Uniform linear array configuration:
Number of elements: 12
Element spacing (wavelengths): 0.25
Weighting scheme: kaiser
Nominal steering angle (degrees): -15
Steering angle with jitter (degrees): -13.905
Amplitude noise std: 0.05
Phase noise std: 0.05

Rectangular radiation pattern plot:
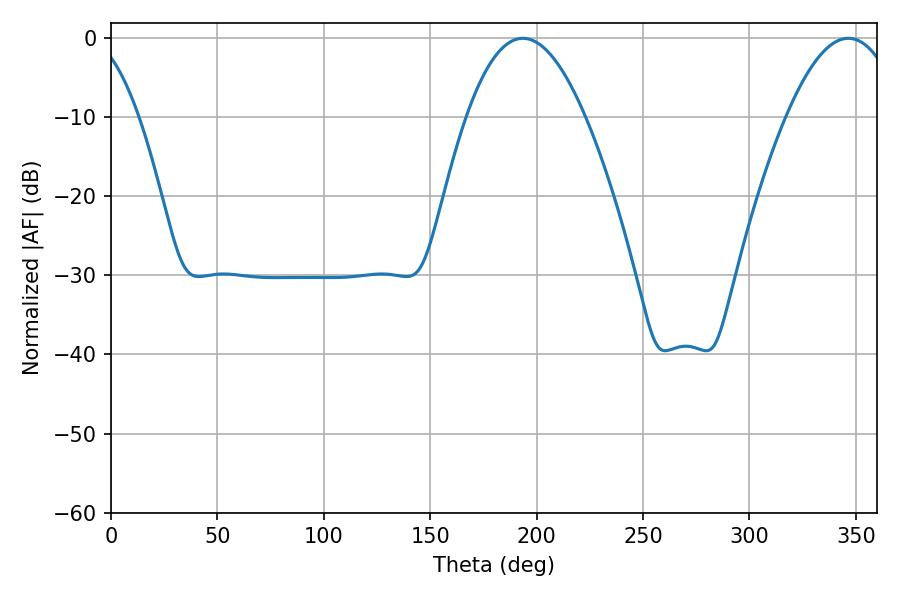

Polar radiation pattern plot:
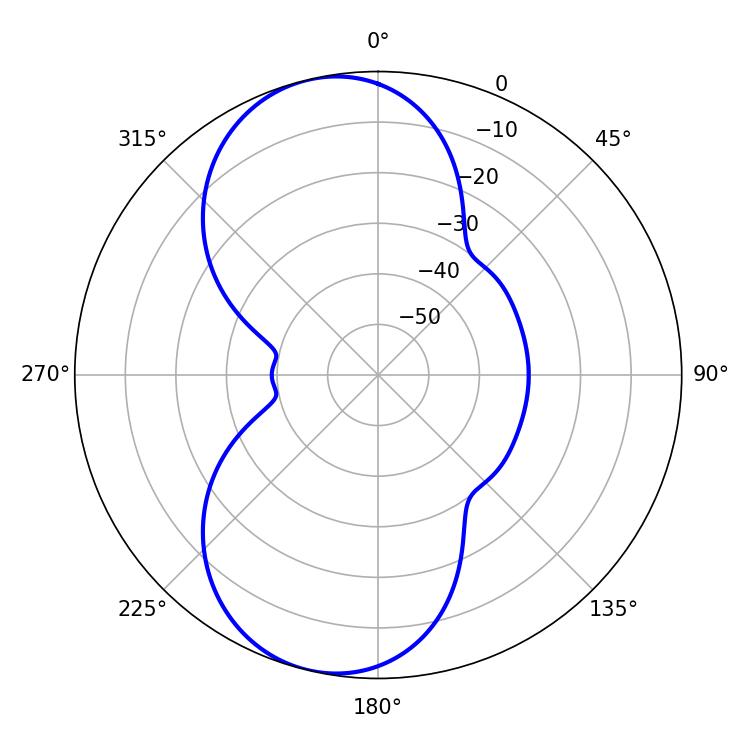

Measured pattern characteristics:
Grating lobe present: FALSE
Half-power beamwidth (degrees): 30.42
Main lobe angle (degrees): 193.5